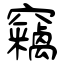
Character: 竊